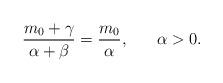
LaTeX: \begin{align*} \frac{m_0+\gamma}{\alpha+\beta}=\frac{m_0}{\alpha},\;\;\;\;\;\;\alpha>0.\end{align*}